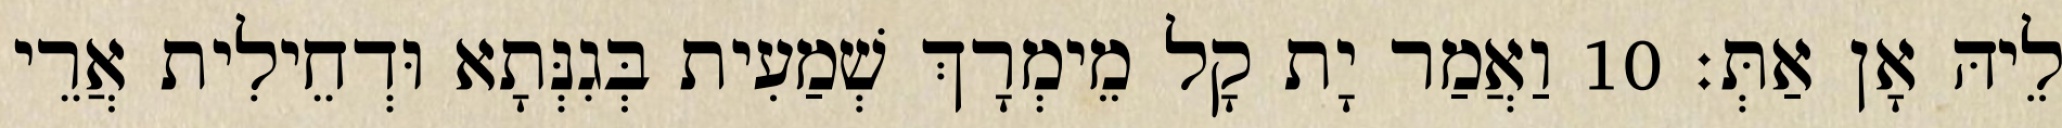
לֵיהּ אָן אַתְּ׃ 10 וַאֲמַר יָת קָל מֵימְרָךְ שְׁמַעִית בְּגִנְּתָא וּדְחֵילִית אֲרֵי